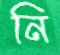
নি